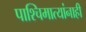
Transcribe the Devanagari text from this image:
पाश्चिमात्यांनाही